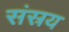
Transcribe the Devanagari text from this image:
संस्रय